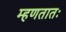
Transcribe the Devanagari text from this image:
म्हणतातः